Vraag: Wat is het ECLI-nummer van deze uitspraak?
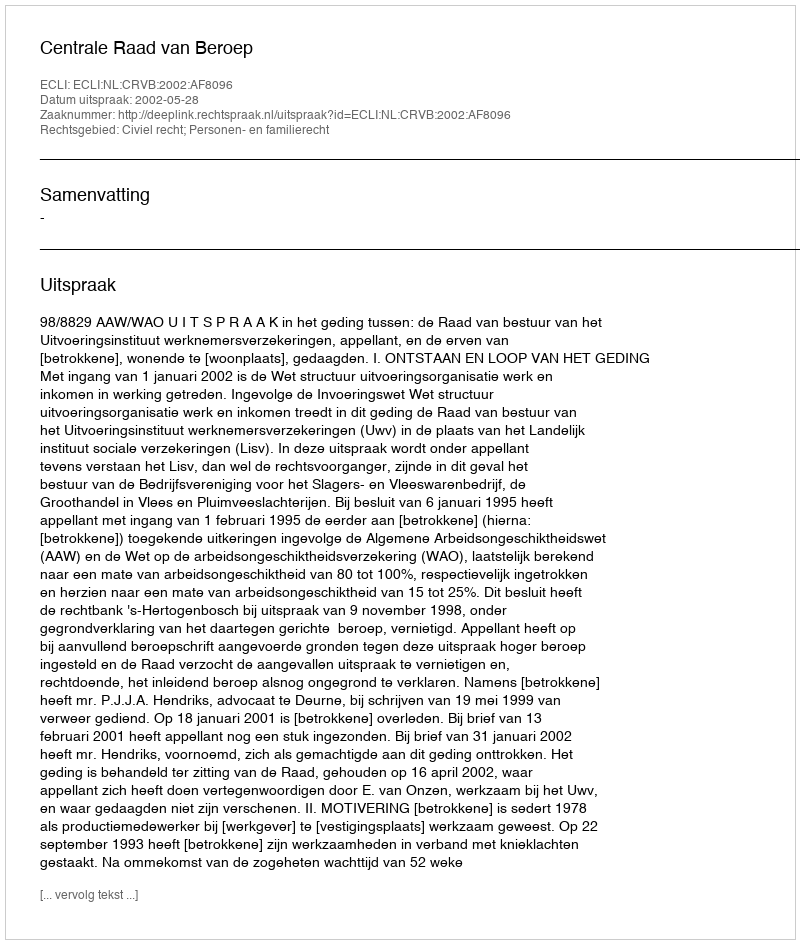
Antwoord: ECLI:NL:CRVB:2002:AF8096